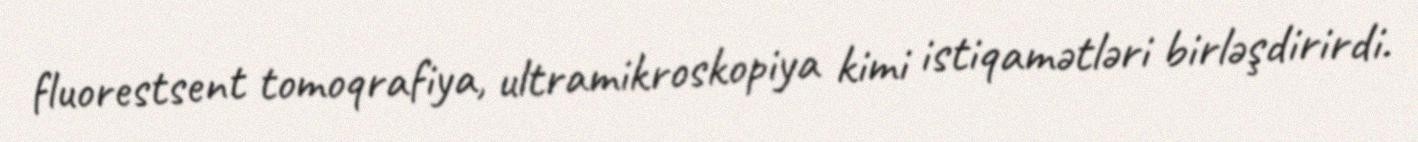
fluorestsent tomoqrafiya, ultramikroskopiya kimi istiqamətləri birləşdirirdi.